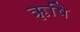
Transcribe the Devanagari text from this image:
ॠृषि